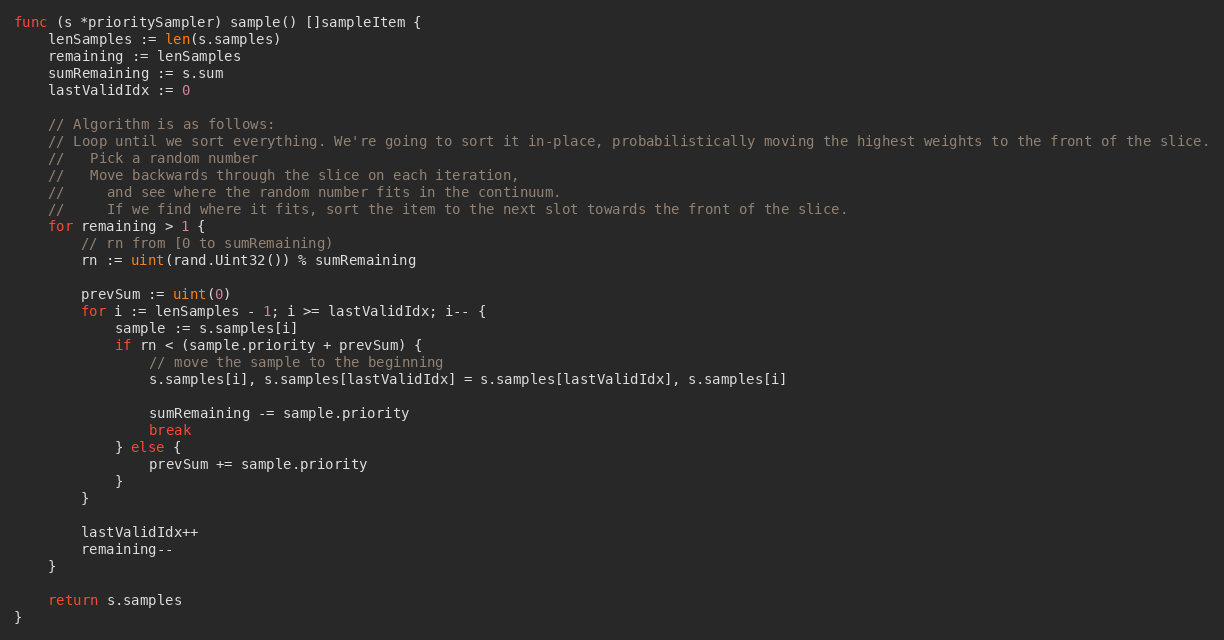
Language: Go
func (s *prioritySampler) sample() []sampleItem {
	lenSamples := len(s.samples)
	remaining := lenSamples
	sumRemaining := s.sum
	lastValidIdx := 0

	// Algorithm is as follows:
	// Loop until we sort everything. We're going to sort it in-place, probabilistically moving the highest weights to the front of the slice.
	//   Pick a random number
	//   Move backwards through the slice on each iteration,
	//     and see where the random number fits in the continuum.
	//     If we find where it fits, sort the item to the next slot towards the front of the slice.
	for remaining > 1 {
		// rn from [0 to sumRemaining)
		rn := uint(rand.Uint32()) % sumRemaining

		prevSum := uint(0)
		for i := lenSamples - 1; i >= lastValidIdx; i-- {
			sample := s.samples[i]
			if rn < (sample.priority + prevSum) {
				// move the sample to the beginning
				s.samples[i], s.samples[lastValidIdx] = s.samples[lastValidIdx], s.samples[i]

				sumRemaining -= sample.priority
				break
			} else {
				prevSum += sample.priority
			}
		}

		lastValidIdx++
		remaining--
	}

	return s.samples
}